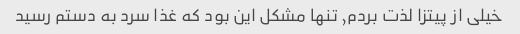
خیلی از پیتزا لذت بردم, تنها مشکل این بود که غذا سرد به دستم رسید